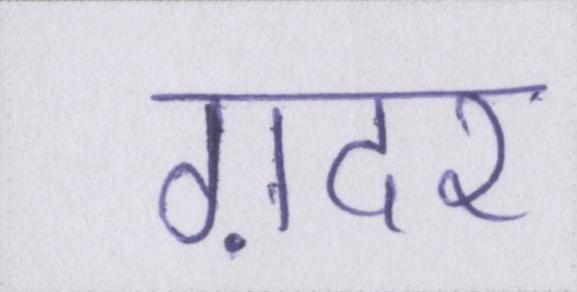
ग़दर